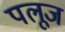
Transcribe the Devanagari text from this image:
पलूज